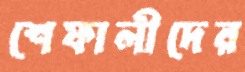
শেফালীদের